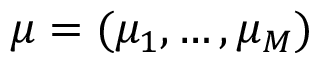
\boldsymbol { \mu } = ( \mu _ { 1 } , \ldots , \mu _ { M } )